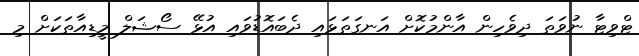
ޓްވިޓާ ނުވަތަ ދިވެހިން އާންމުކޮށް އަނގަތަޅައި ދެބައޮޑުވައި އުޅޭ ސޯޝަލް މީޑިއާތަކަށް މި